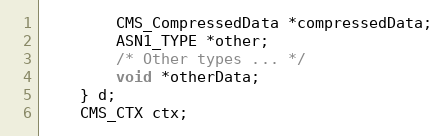
Language: C
        CMS_CompressedData *compressedData;
        ASN1_TYPE *other;
        /* Other types ... */
        void *otherData;
    } d;
    CMS_CTX ctx;